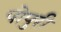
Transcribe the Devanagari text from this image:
पोपुरी